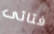
فتاتى